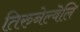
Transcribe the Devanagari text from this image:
तिरुनेल्वॆलि